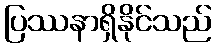
ပြဿနာရှိနိုင်သည်